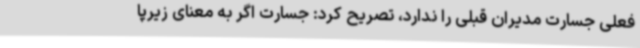
فعلی جسارت مدیران قبلی را ندارد، تصریح کرد: جسارت اگر به معنای زیرپا